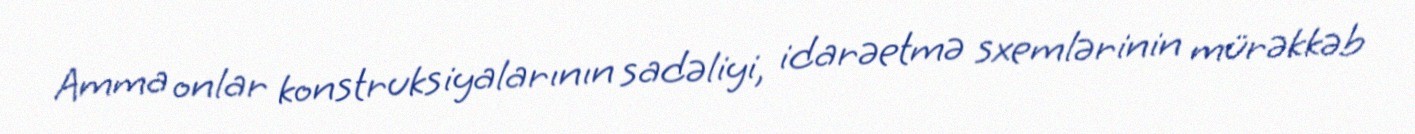
Amma onlar konstruksiyalarının sadəliyi, idarəetmə sxemlərinin mürəkkəb